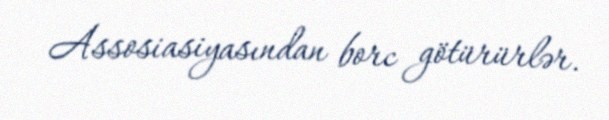
Assosiasiyasından borc götürürlər.